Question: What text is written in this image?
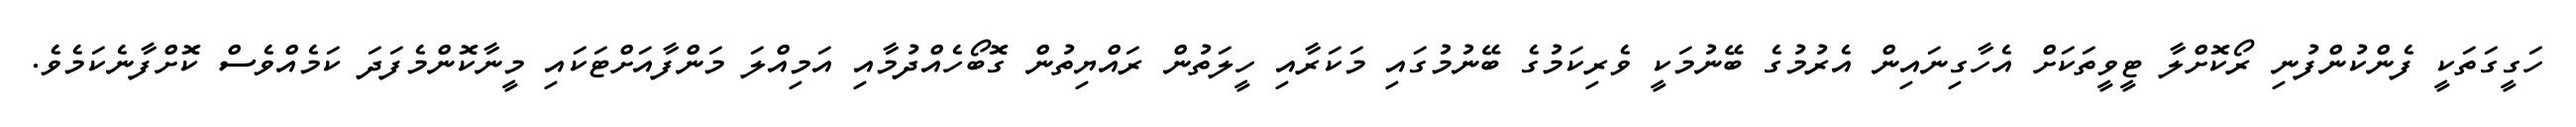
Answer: ހަގީގަތަކީ ފެންކުންފުނި ރޯކޮށްލާ ޓީވީތަކަށް އެހާގިނައިން އެރުމުގެ ބޭނުމަކީ ވެރިކަމުގެ ބޭނުމުގައި މަކަރާއި ހީލަތުން ރައްޔިތުން ގޮބޯހެއްދުމާއި އަމިއްލަ މަންފާއަށްޓަކައި މީނާކޮންމެފަދަ ކަމެއްވެސް ކޮށްފާނެކަމެވެ.